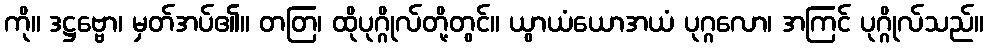
ကို။ ဒဋ္ဌဗ္ဗော၊ မှတ်အပ်၏။ တတြ၊ ထိုပုဂ္ဂိုလ်တို့တွင်။ ယွာယံယောအယံ ပုဂ္ဂလော၊ အကြင် ပုဂ္ဂိုလ်သည်။